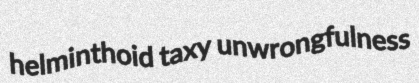
helminthoid taxy unwrongfulness